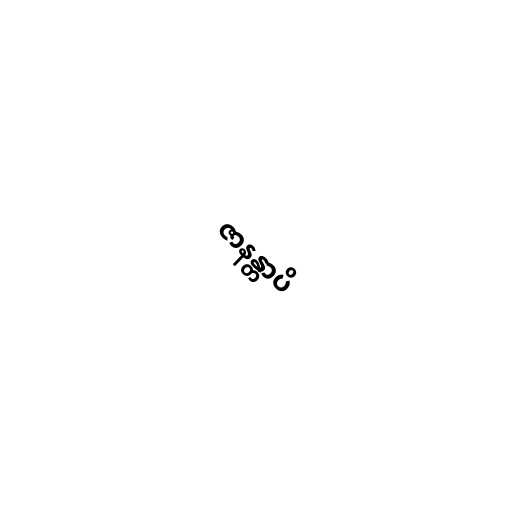
ဇာနန္တာပိ